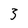
Character: 3